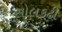
સોલકઢી